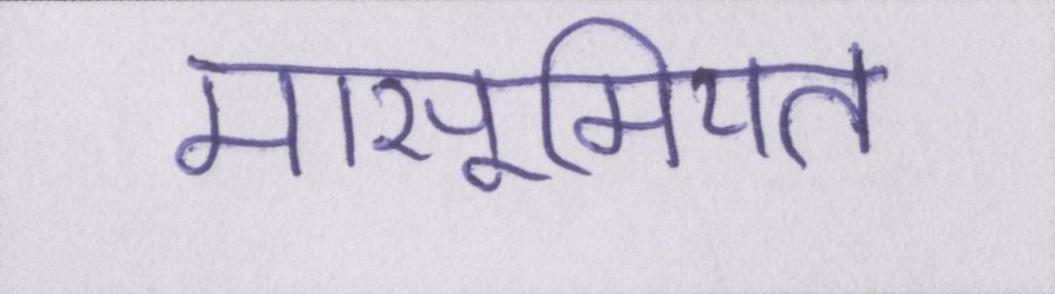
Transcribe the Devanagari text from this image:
मासूमियत